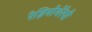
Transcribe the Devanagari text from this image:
रेड़ियोथेरेपी